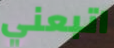
اتبعني